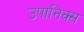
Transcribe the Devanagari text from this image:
उपानिक्स